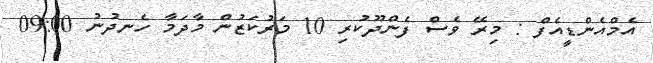
އެމްއެންޑީއެފް : މިރޭ ވެސް ފެންދޫކުރި 10 މަރުކަޒުން މާދަމާ ހެނދުނު 09:00